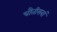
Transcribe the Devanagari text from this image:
चौतीसवां